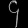
Digit: ၄